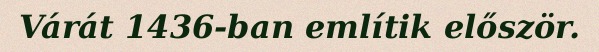
Várát 1436-ban említik először.